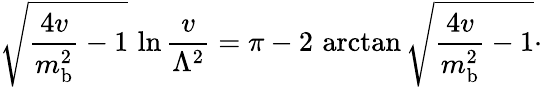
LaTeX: \sqrt{{\frac{4v}{m_{\mathrm{b}}^{2}}}-1}\, \ln{\frac{v}{\Lambda^{2}}}=\pi-2\, \arctan\sqrt{{\frac{4v}{m_{\mathrm{b}}^{2}}}-1}\cdotp